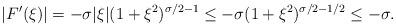
LaTeX: \begin{align*}|F'(\xi)|=-\sigma|\xi|(1+\xi^2)^{\sigma/2-1}\leq -\sigma(1+\xi^2)^{\sigma/2-1/2}\leq -\sigma.\end{align*}